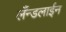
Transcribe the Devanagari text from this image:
लँन्डलाईन